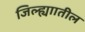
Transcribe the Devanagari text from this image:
जिल्ह्याातील